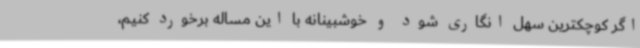
اگر کوچکترین سهل انگاری شود و خوشبینانه با این مساله برخورد کنیم،